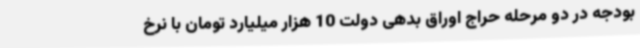
بودجه در دو مرحله حراج اوراق بدهی دولت 10 هزار میلیارد تومان با نرخ